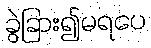
ခွဲခြား၍မရပေ